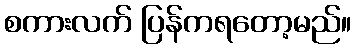
စကားလက် ပြန်ကရတော့မည်။